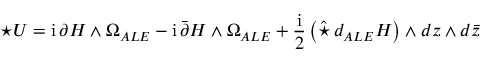
\star U = \mathrm { i } \, \partial H \wedge \Omega _ { A L E } - \mathrm { i } \, \bar { \partial } H \wedge \Omega _ { A L E } + \frac { \mathrm { i } } { 2 } \left( \hat { \star } \, d _ { A L E } H \right) \wedge d z \wedge d \bar { z }